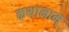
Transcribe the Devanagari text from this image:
कथानाम्